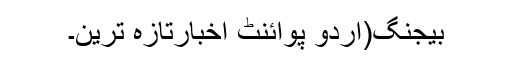
بیجنگ(اُردو پوائنٹ اخبارتازہ ترین۔